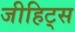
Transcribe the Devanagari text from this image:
जीहिट्स